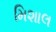
મિશાલ